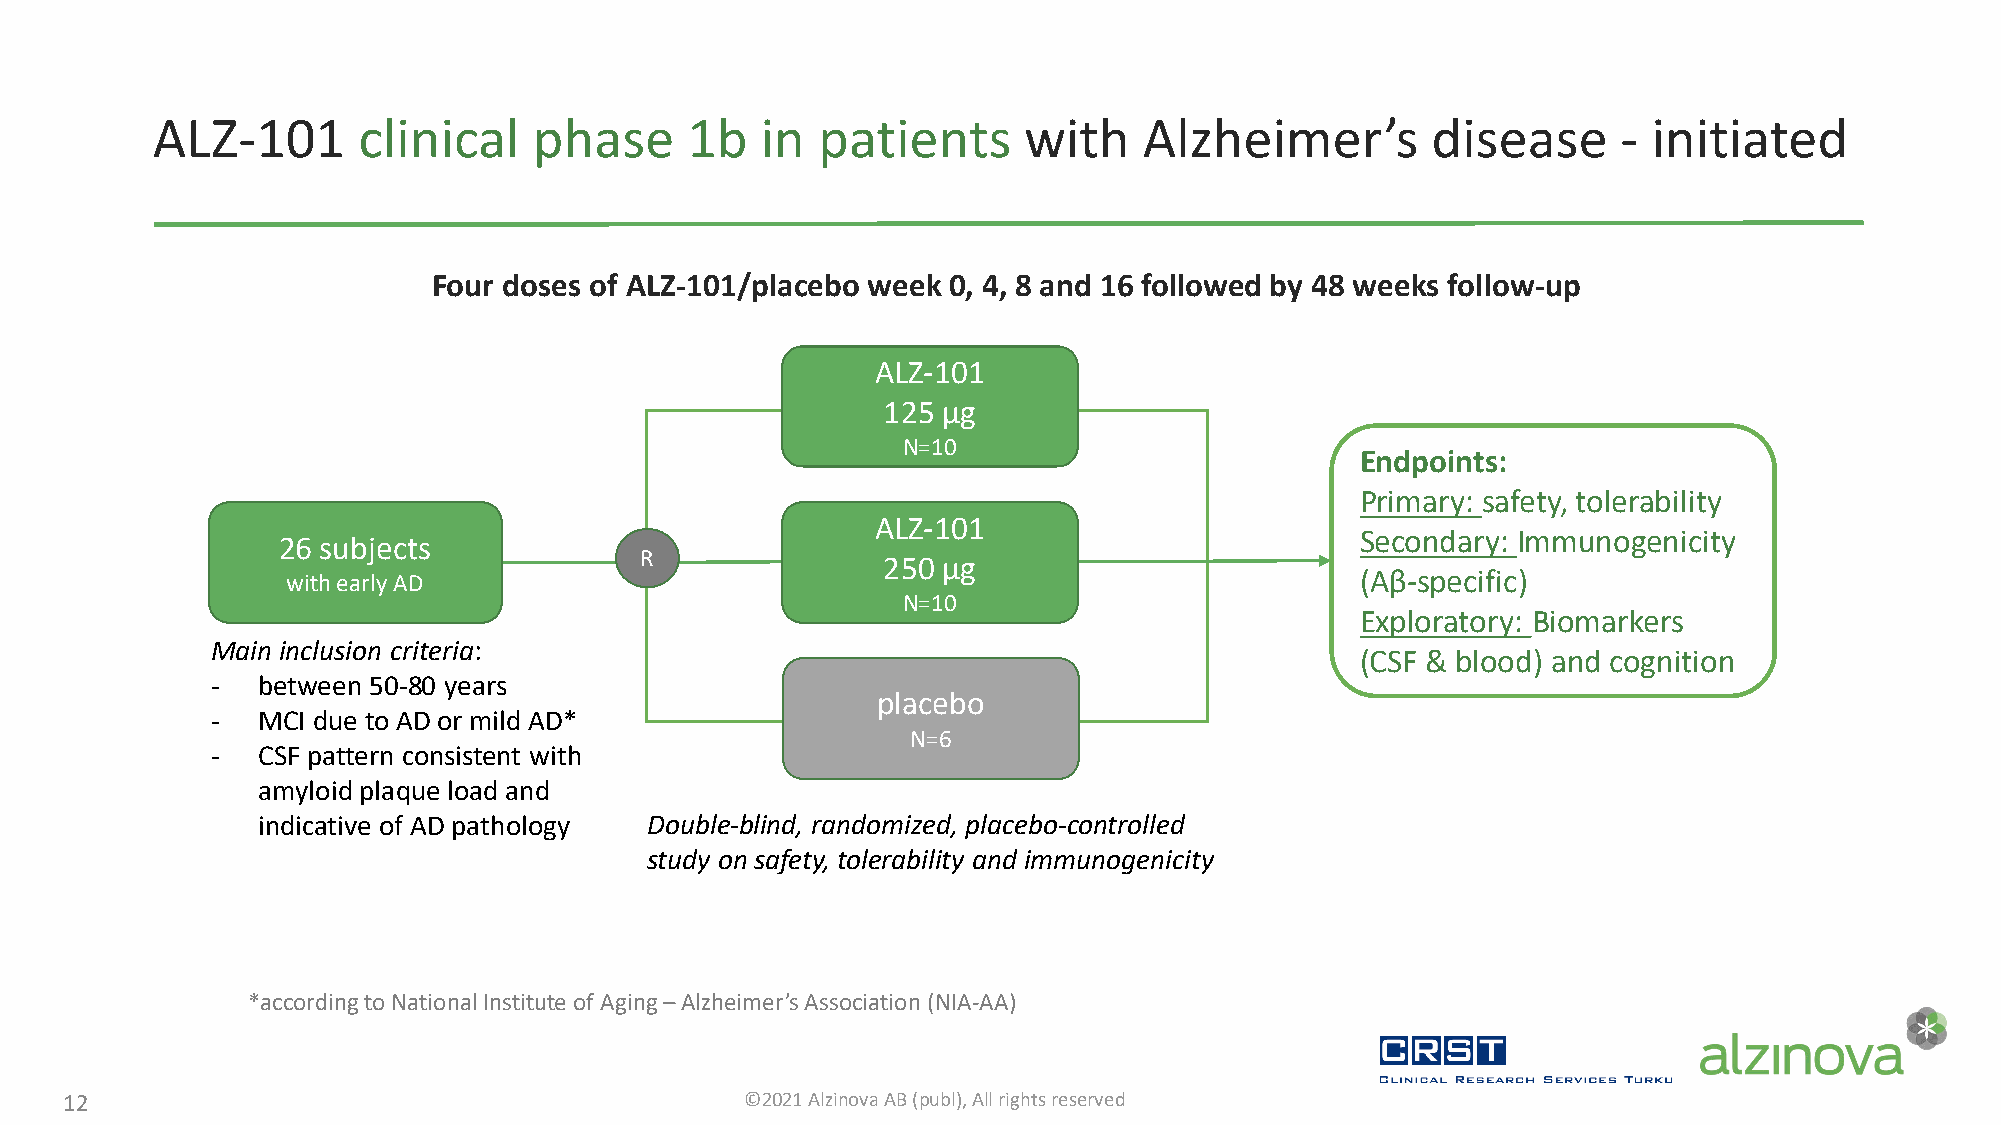
ALZ-101       clinical   phase     1b   in  patients      with    Alzheimer’s        disease     - initiated
 Four doses of ALZ-101/placebo week 0, 4, 8 and 16 followed by 48 weeks follow-up
 ALZ-101
 125 μg
 N=10
 Endpoints:
 Primary: safety, tolerability
 ALZ-101
 Secondary: Immunogenicity
 26 subjects
 R
 250 μg
 with earlyAD                                                           (Aβ-specific)
 N=10
 Exploratory: Biomarkers
 Main inclusion criteria:
 (CSF & blood) and cognition
 -  between 50-80 years
 placebo
 -  MCI due to AD or mild AD*
 N=6
 -  CSF pattern consistent with
 amyloid plaque load and
 indicative of AD pathology Double-blind, randomized, placebo-controlled
 study on safety, tolerability and immunogenicity
 *according to National Institute of Aging –Alzheimer’s Association (NIA-AA)
 12                                           ©2021 Alzinova AB (publ), All rights reserved